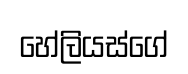
හේලියස්ගේ